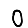
Digit: 0